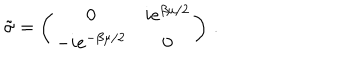
\tilde { \sigma } = \left( \begin{matrix} { { 0 } } & { { i e ^ { \beta \mu / 2 } } } \\ { { - i e ^ { - \beta \mu / 2 } } } & { { 0 } } \\ \end{matrix} \right) \, .